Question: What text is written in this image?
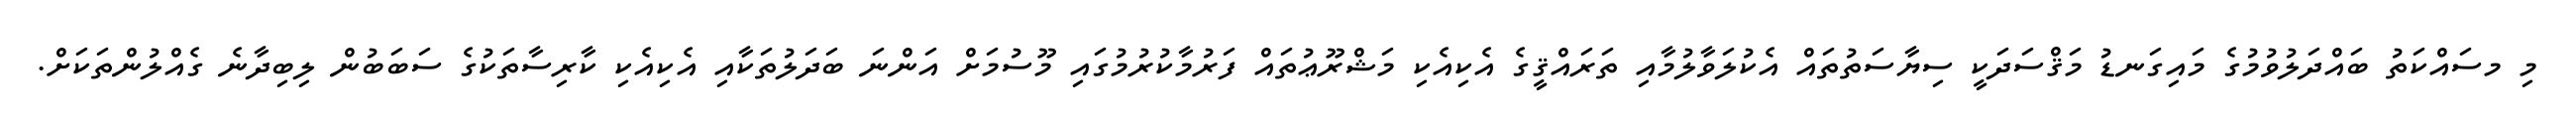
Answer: މި މސައްކަތު ބައްދަލުވުމުގެ މައިގަނޑު މަޤްސަދަކީ ސިޔާސަތުތައް އެކުލަވާލުމާއި ތަރައްޤީގެ އެކިއެކި މަޝްރޫޢުތައް ފަރުމާކުރުމުގައި މޫސުމަށް އަންނަ ބަދަލުތަކާއި އެކިއެކި ކާރިސާތަކުގެ ސަބަބުން ލިބިދާނެ ގެއްލުންތަކަށް.